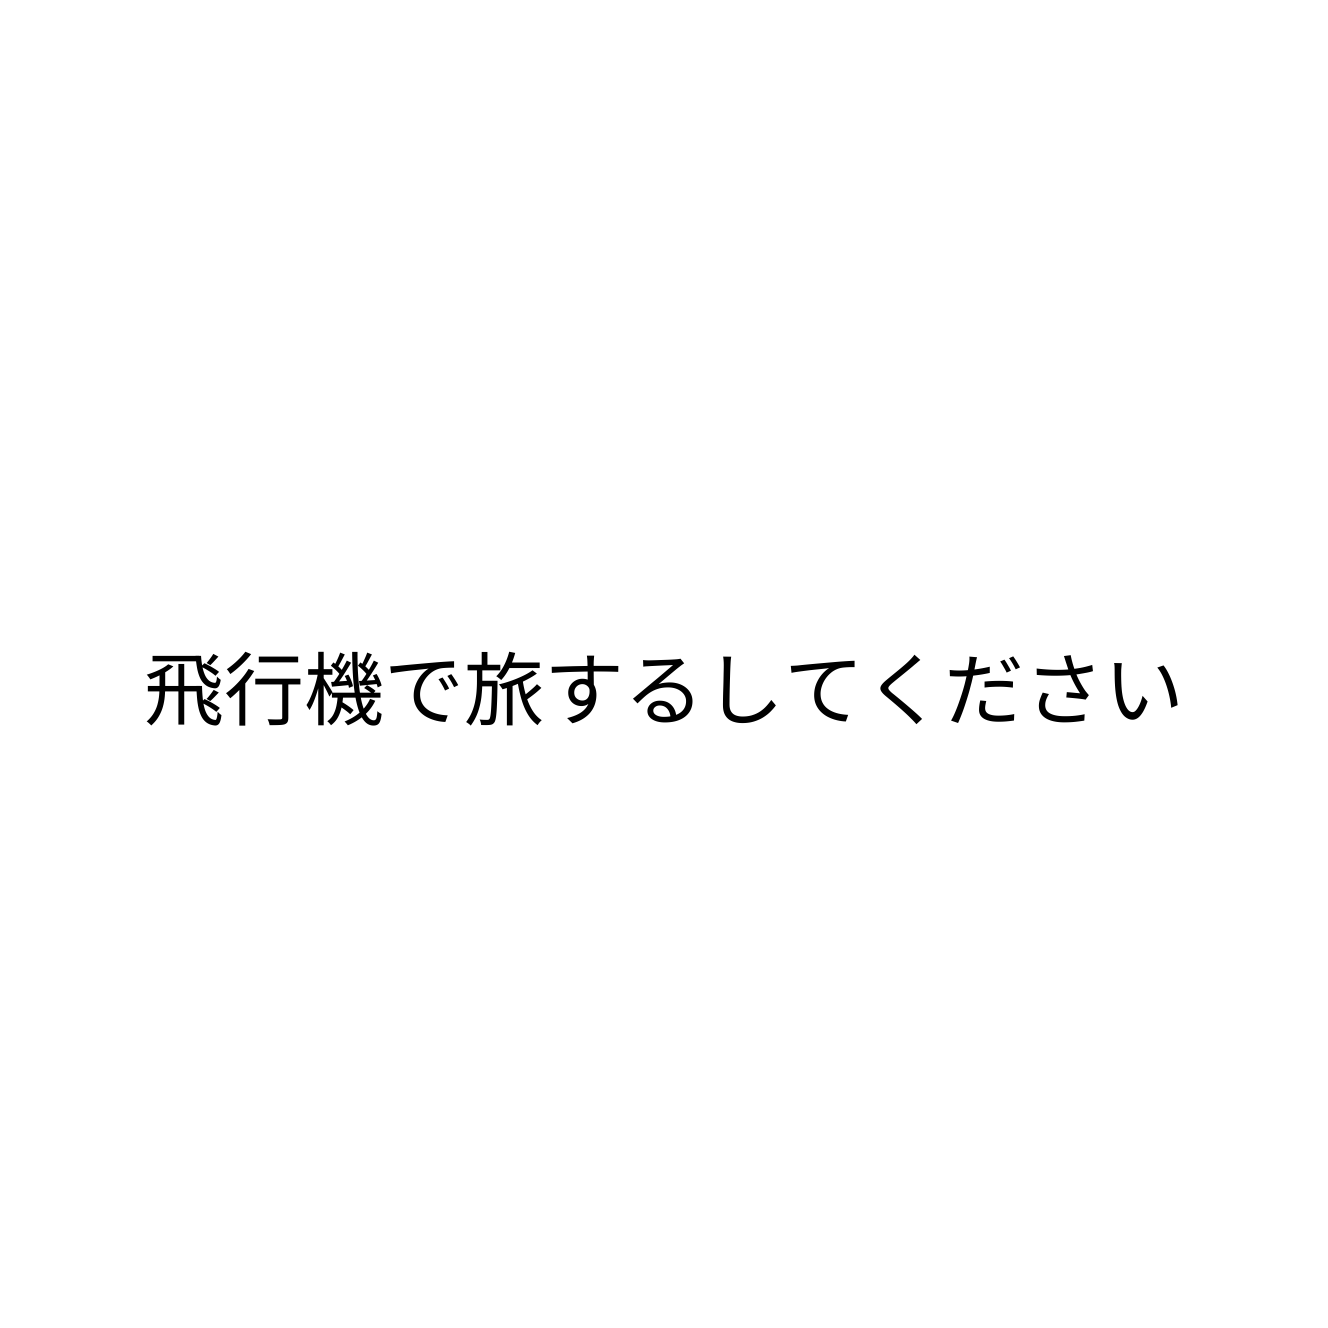
飛行機で旅するしてください